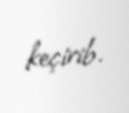
keçirib.